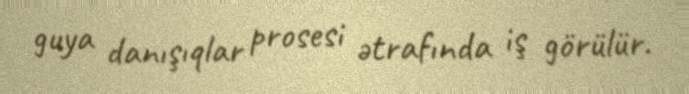
guya danışıqlar prosesi ətrafında iş görülür.